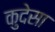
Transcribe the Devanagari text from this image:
कुदेसा